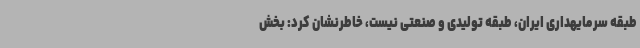
طبقه سرمایهداری ایران، طبقه تولیدی و صنعتی نیست، خاطرنشان کرد: بخش